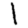
Digit: 1